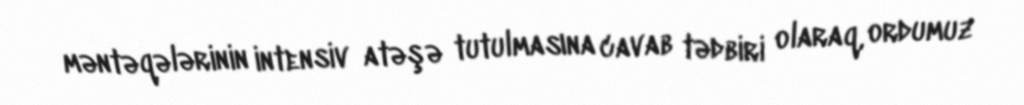
məntəqələrinin intensiv atəşə tutulmasına cavab tədbiri olaraq, ordumuz